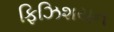
ફિઝિશયન